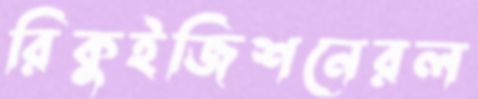
রিকুইজিশনেরল